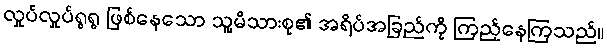
လှုပ်လှုပ်ရွရွ ဖြစ်နေသော သူ့မိသားစု၏ အရိပ်အခြည်ကို ကြည့်နေကြသည်။